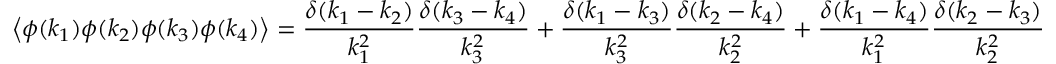
\left\langle \phi ( k _ { 1 } ) \phi ( k _ { 2 } ) \phi ( k _ { 3 } ) \phi ( k _ { 4 } ) \right\rangle = { \frac { \delta ( k _ { 1 } - k _ { 2 } ) } { k _ { 1 } ^ { 2 } } } { \frac { \delta ( k _ { 3 } - k _ { 4 } ) } { k _ { 3 } ^ { 2 } } } + { \frac { \delta ( k _ { 1 } - k _ { 3 } ) } { k _ { 3 } ^ { 2 } } } { \frac { \delta ( k _ { 2 } - k _ { 4 } ) } { k _ { 2 } ^ { 2 } } } + { \frac { \delta ( k _ { 1 } - k _ { 4 } ) } { k _ { 1 } ^ { 2 } } } { \frac { \delta ( k _ { 2 } - k _ { 3 } ) } { k _ { 2 } ^ { 2 } } }